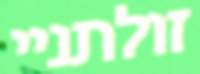
זולתניי